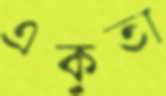
একুতা